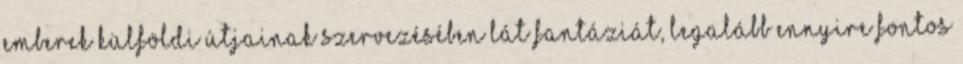
emberek külföldi útjainak szervezésében lát fantáziát, legalább ennyire fontos